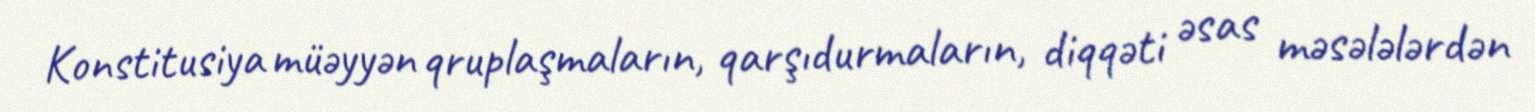
Konstitusiya müəyyən qruplaşmaların, qarşıdurmaların, diqqəti əsas məsələlərdən